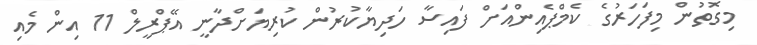
މިގޮތުން މިފަހަރުގެ ކެމްޕެއިންއަށް ފައިސާ ހަދިޔާކުރުން ކުރިޔަށްދާނީ އޭޕްރީލް 11 އިން މެއި